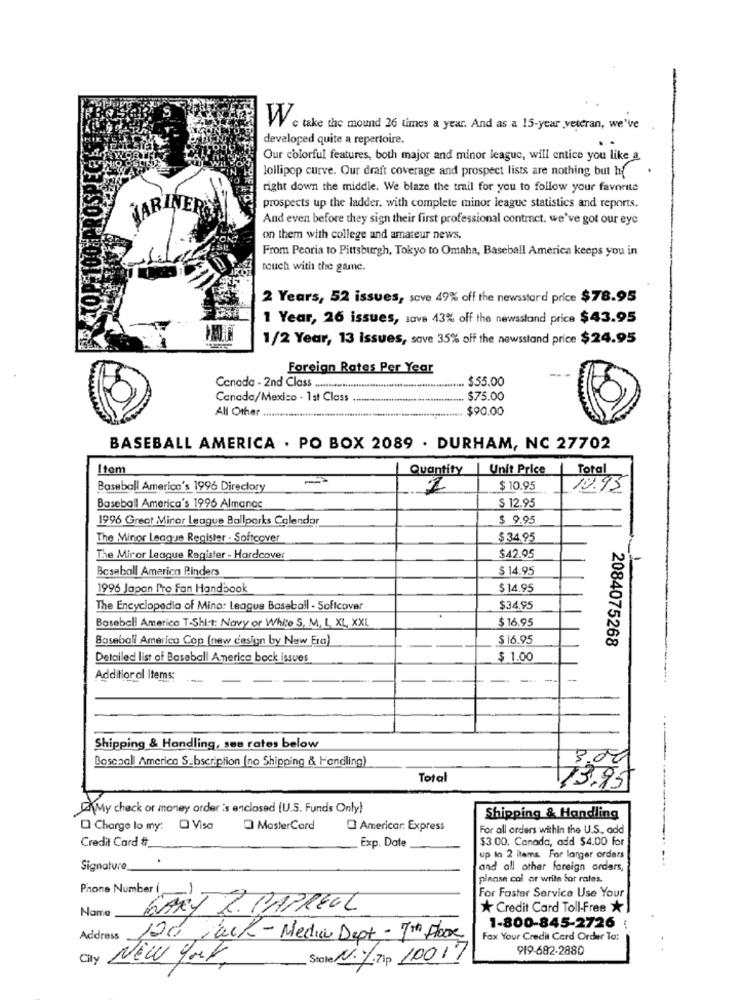
W c take the mound 26 times a year. And as a 15-year veteran, we've
developed quite a repertoire.
Our colorful features, both major and minor league, will entice you like a
lollipop curve. Our draft coverage and prospect lists are nothing but hf
right down the middle. We blaze the trail for you to follow your favorite
JARINEREN
prospects up the ladder. with complete minor league statistics and reports.
And even before they sign their first professional contract. we've got our eye
on them with college and amateur news.
From Peoria to Pittsburgh, Tokyo to Omaha, Baseball America keeps you in
touch with the game.
2 Years, 52 issues, sove 49% off the newsstard price $78.95
1 Year, 26 issues, save 43% off the newsstand price $43.95
1/2 Year, 13 issues, save 35% off the newsstand price $ 24.95
Foreign Rates Per Year
Canada - 2nd Class.
.. $55.00
Canada/Mexico - 1 st Class
.. $75.00
All Other
.. $90.00
BASEBALL AMERICA . PO BOX 2089 . DURHAM, NC 27702
Item
Quantity
Unit Price
Total
Baseball America's 1996 Directory
1
$ 10.95
10.95
Baseball America's 1996 Almanac
$ 12.95
1996 Great Minor League Ballparks Calendar
$ 9.95
The Minor League Register - Softcover
$ 34.95
$42.95
The Mirer League Register - Hardcover
Baseball America Pinders
$ 14.95
1996 Japan Pro fan Handbook
$14.95
The Encyclopedia of Minor League Baseball - Softcover
$34.95
Baseball America T-Shirt: Navy or White S, M, L, XL, XXL
$ 16.95
Baseball Americo Cop (new design by New Era)
$ 16.95
2084075268
Detailed list of Baseball America back issues
$ 1.00
Additional Items:
--
Shipping & Handling, see rates below
Bosepall America Subscription (no Shipping & Handling)
3.00
Total
13.95
My check or money order is enclosed [U.S. Funds Only)
Shipping & Handling
O Charge lo my: O Visa
MasterCard
Americar: Express
For all orders within the U.S, add
Credit Card #_
Exp. Date
$3.00. Canada, add $4.00 for
up to 2 ilams. For larger orders
Signature_
and all other foreign orders,
please col or write for rates.
Phone Number (
For Faster Service Use Your
Name
GART R. PAPREUL
* Credit Card Toll-Free
1-800-845-2726
Address
124 jack - Media Dept - 7th Floor
Fax Your Credit Card Order To:
919-682-2880
City
New York.
State N.L. Zip 10017